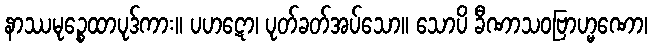
နာဿမုဉ္စေထာပုဒ်ကား။ ပဟဋော၊ ပုတ်ခတ်အပ်သော။ သောပိ ခီဏာသဝဗြာဟ္မဏော၊